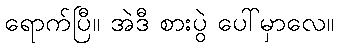
ရောက်ပြီ။ အဲဒီ စားပွဲ ပေါ်မှာလေ။